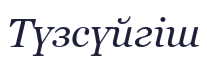
Түзсүйгіш